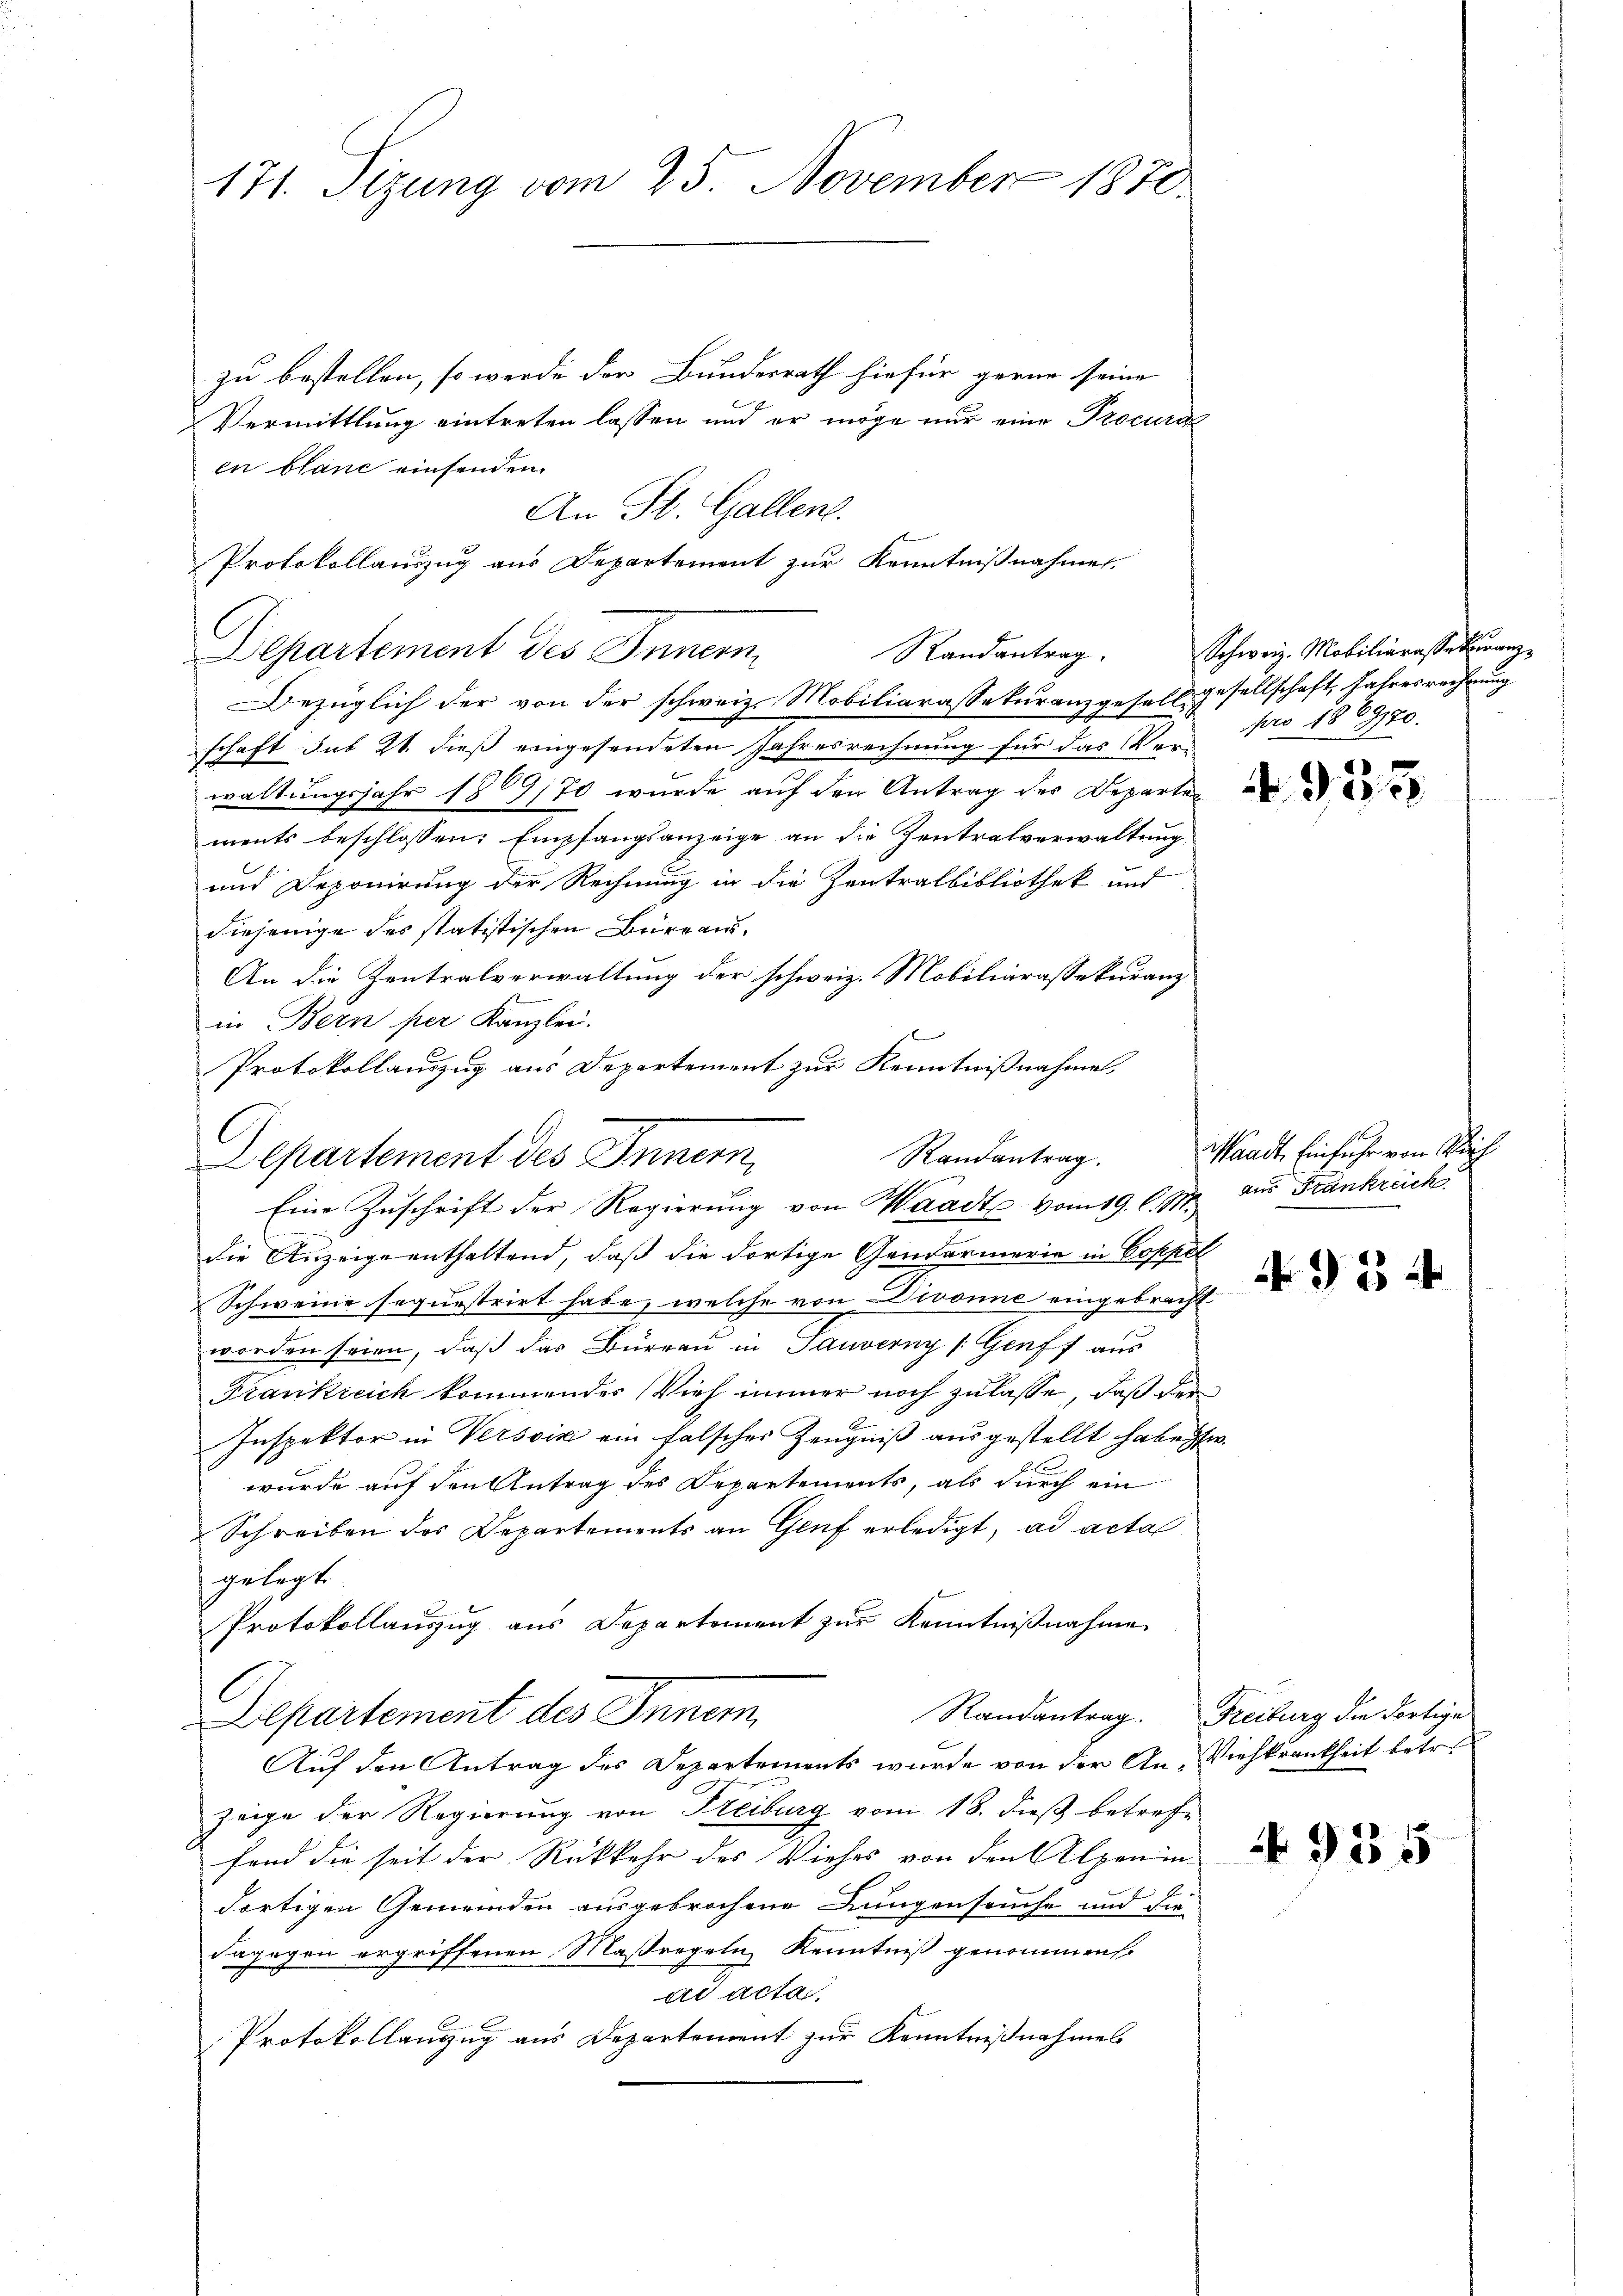
171. Sizung vom 25. November 1870.

zu bestellen, so werde der Bundesrath hiefür gerne seine
Vermittlung eintreten lassen und er möge nur eine Procura
en blanc einsenden.
Departement des Innern
Bezüglich der von der schweiz. Mobiliarassekuranzgesell gesellschaft, Jahresrechnung
J
schaft sub 21. dieβ eingesendeten Jahresrechnŭng für das Ver- pro 1889/20.
waltungsjahr 1869/70 wurde auf den Antrag des Departen
ments beschlossen: Empfangsanzeige an die Zentralverwaltung
und Deponirung der Rechnung in die Zentralbibliothek und
diejenige des statistischen Büreaus¬
An die Zentralverwaltung der schweiz. Mobiliarassekuranz
in Bern per Kanzlei.
Protokollauszug aus Departement zur Kenntnißnahmen,
Departement des Innern,
Eine Zuschrift der Regierung von Waadt vom 19. l. pr. aus Frankreich
die Anzeige enthaltend, daß die dortige Gendarmerie in Coppel
Schweine sequestrirt habe, welche von Divonne eingebracht
worden seien, daß das Büreau in Tauverny (Genff aus
Frankreich kommendes Vieh immer noch zulasse, daß der
Inspektor in Versoik ein falscher Zeugniß ausgestellt habe w
wurde auf den Antrag des Departements, als durch ein
Schreiben des Departements an Genf erledigt, ad acta
gelegt.
Protokollauszug aus Departement zur Kenntnißnahme
1
Randantrag. Freiburg die Fortige
Departement des Innern,
Auf den Antrag des Departements wurde von der An-Viehkrankheit betr
zeige der Regierung von Freiburg vom 18. dieß betreffend die seit der Rückkehr des Viehes von den Alpenin-
dortigen Gemeinden ausgebrochene Lungenseuche und die
dagegen ergriffenen Maßregeln Kenntniß genommen
ad acta.
Protokollanzug aus Departement zur Kenntnißnahmes

l

An St. Gallen.
e
Protokollauszug aus Departement zur Kenntnißnahmen.
Randantrag.

Randantrag.

Schweiz. Mobiliarassekuranz¬

N 933

Waadt, Einfuhr von Reich

N 33

4 935